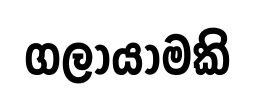
ගලායාමකි